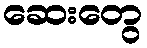
ဆေးတွေ